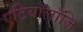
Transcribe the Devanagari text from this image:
एटियॉलॉजि